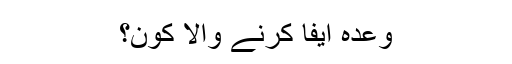
وعدہ ایفا کرنے والا کون؟